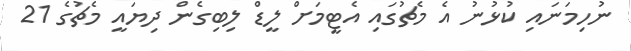
ނުހިމަނައި ކުޅުނު އެ މެޗުގައި އެޓީމަށް ލީޑް ލިބިގެން ދިޔައީ މެޗުގެ 21